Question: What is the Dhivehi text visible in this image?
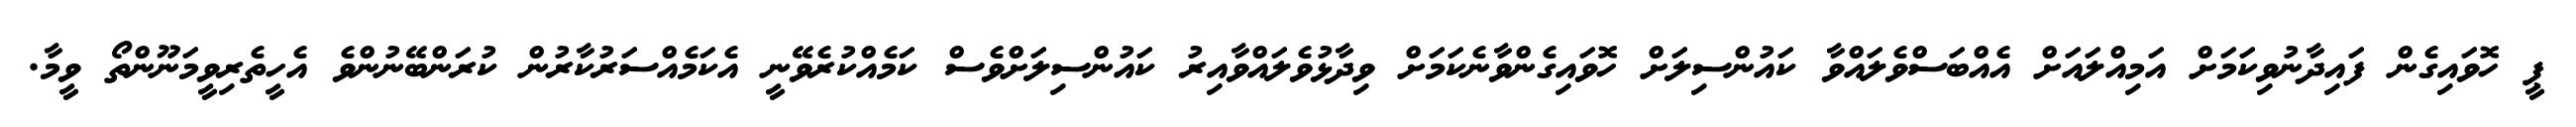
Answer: ޕީ ހޮވައިގެން ފައިދާނުވިކަމަށް އަމިއްލައަށް އެއްބަސްވެލައްވާ ކައުންސިލަށް ހޮވައިގެންވާނެކަމަށް ވިދާޅުވެލައްވާއިރު ކައުންސިލަށްވެސް ކަމެއްކުރެވޭނީ އެކަމެއްސަރުކާރުން ކުރަންބޭނުންވެ އެހީތެރިވީމަނޫންތޯ ވީމާ.